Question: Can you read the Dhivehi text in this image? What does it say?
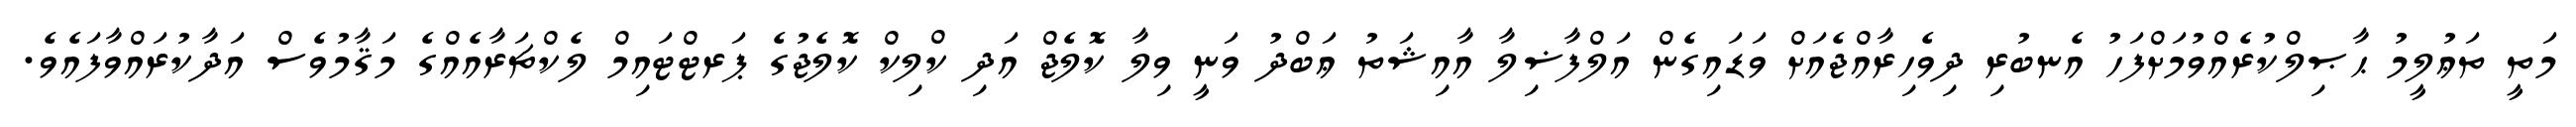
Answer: މަތީ ތަޢުލީމު ޙާޞިލްކުރެއްވުމަށްފަހު އެނބުރި ދިވެހިރާއްޖެއަށް ވަޑައިގެން އަލްފާޟިލާ އާއިޝަތު ޢަބްދު ވަނީ ވިލާ ކޮލެޖް އަދި ކްލިކް ކޮލެޖުގެ ޕަރޓްޓައިމް ލެކްޗަރާއެއްގެ މަޤާމުވެސް އަދާކުރައްވާފައެވެ.